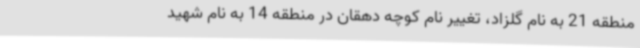
منطقه 21 به نام گلزاد، تغییر نام کوچه دهقان در منطقه 14 به نام شهید